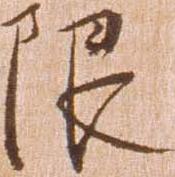
限